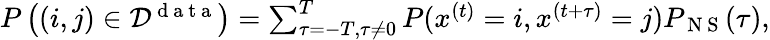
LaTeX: \begin{array}{r}{P\left((i,j)\in{\cal D}^{\mathrm{~d~a~t~a~}}\right)=\sum_{\tau=-T,\tau\neq 0}^{T}P(x^{(t)}=i,x^{(t+\tau)}=j)P_{\mathrm{~N~S~}}(\tau),}\end{array}